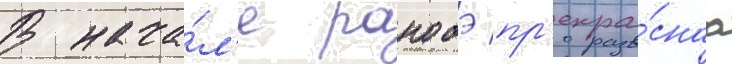
В нача́л'е ранобэ пр'екра́снаа